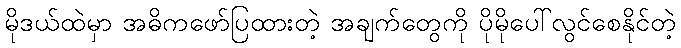
မိုဒယ်ထဲမှာ အဓိကဖော်ပြထားတဲ့ အချက်တွေကို ပိုမိုပေါ်လွင်စေနိုင်တဲ့